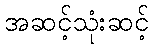
အဆင့်သုံးဆင့်